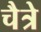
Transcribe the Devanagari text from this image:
चैत्रे